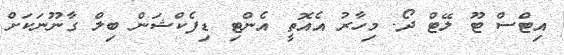
އިޓްސް ޓޫ ލޭޓް ދޯ. މިހާރު އެއޮތީ އެންޓި ޑިފެކްޝަން ބިލް ގާނޫނަކަށް